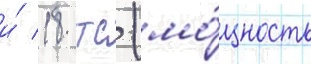
и́ 18 тс (мо́щность